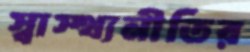
স্বাস্থ্যনীতির